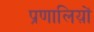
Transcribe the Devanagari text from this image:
प्रणालिय़ों